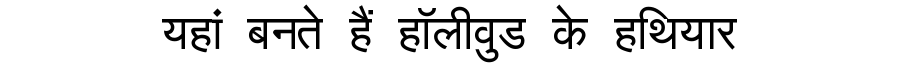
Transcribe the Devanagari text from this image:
यहां बनते हैं हॉलीवुड के हथियार